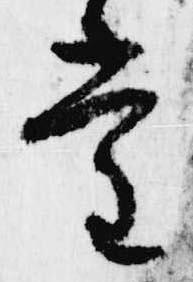
堂